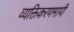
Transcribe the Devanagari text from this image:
व्यक्तिकरणमापी